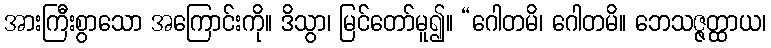
အားကြီးစွာသော အကြောင်းကို။ ဒိသွာ၊ မြင်တော်မူ၍။ “ဂေါတမိ၊ ဂေါတမိ။ ဘေသဇ္ဇတ္ထာယ၊